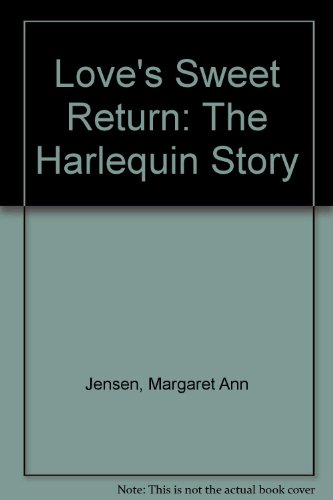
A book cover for Love's Sweet Return: The Harlequin Story; Margaret T Jensen; Business & Money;